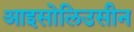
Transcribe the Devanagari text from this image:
आइसोलिउसीन